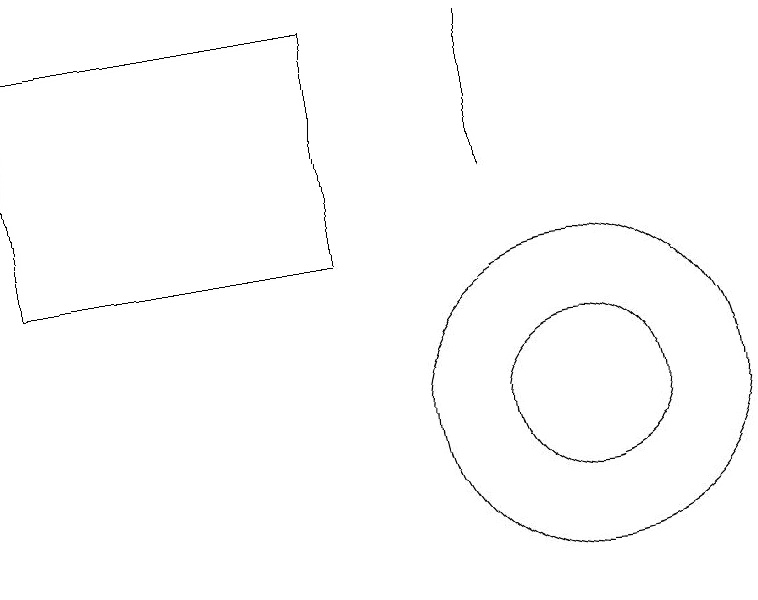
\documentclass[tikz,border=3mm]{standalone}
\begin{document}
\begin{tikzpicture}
\draw (10,11) circle (1);
\draw (9,16) rectangle (9,14);
\draw (3,13) rectangle (7,16);
\draw (10,11) circle (2);
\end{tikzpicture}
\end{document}